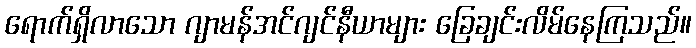
ရောက်ရှိလာသော ဂျာမန်အင်ဂျင်နီယာများ ခြေချင်းလိမ်နေကြသည်။